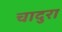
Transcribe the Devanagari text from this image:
चादुरा